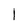
Character: I